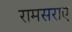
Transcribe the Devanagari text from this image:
रामसराए